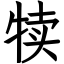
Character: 犊